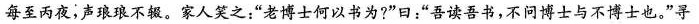
每至两夜；声琅琅不辍。家人笑之：”老博士何以书为?”曰：”吾读吾书，不问博士与不博士也。”寻